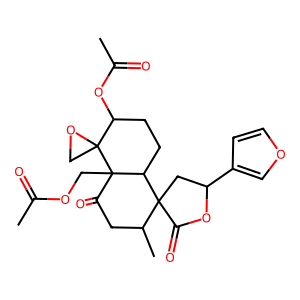
SMILES: CC(=O)OCC12C(=O)CC(C)C3(CC(c4ccoc4)OC3=O)C1CCC(OC(C)=O)C21CO1
Inhibits HIV replication: No